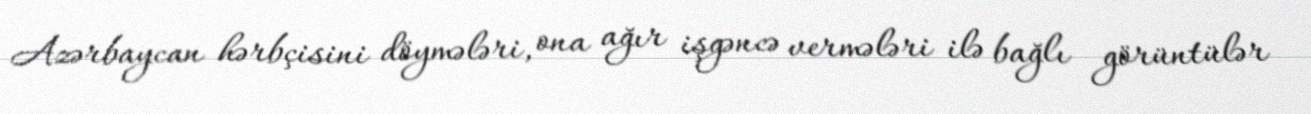
Azərbaycan hərbçisini döymələri, ona ağır işgəncə vermələri ilə bağlı görüntülər